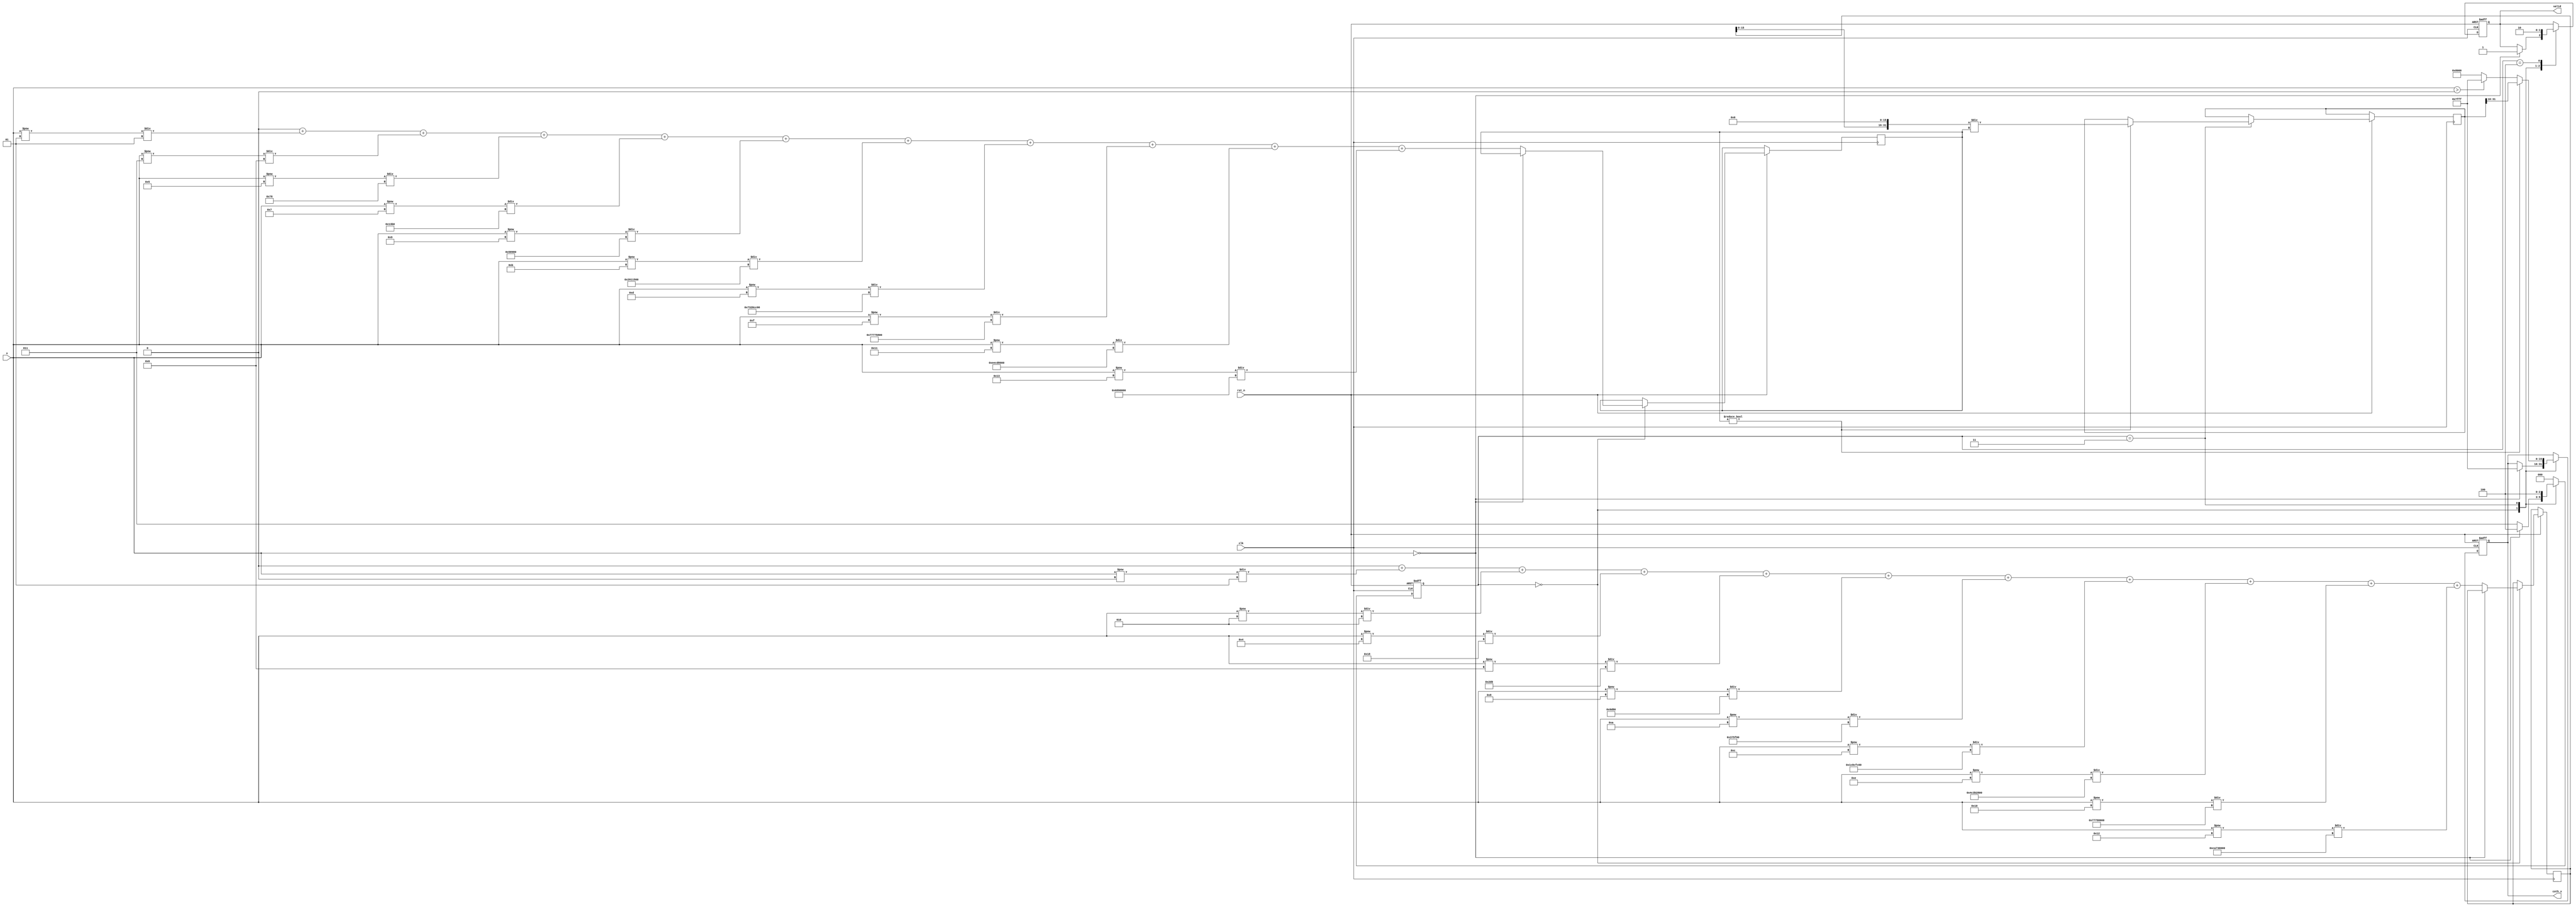
module hyperbolic_cotangent (
    input wire clk,
    input wire rst_n,
    input wire signed [15:0] x, // 16-bit fixed-point input
    output reg signed [15:0] coth_x, // 16-bit fixed-point output
    output reg valid // Signal to indicate output is valid
);

    localparam MAX_VALUE = 16'h7FFF; // Maximum value for overflow handling
    localparam MIN_VALUE = 16'h8000; // Minimum value for underflow handling

    // Internal signals
    reg signed [31:0] cosh_x; // 32-bit to handle large values
    reg signed [31:0] sinh_x; // 32-bit to handle large values
    reg signed [31:0] temp_coth; // Temporary variable for coth calculation
    reg [2:0] state; // State machine for processing
    reg [3:0] i; // Counter for Taylor series calculation

    // State definitions
    localparam IDLE = 3'b000;
    localparam CALC_COSH = 3'b001;
    localparam CALC_SINH = 3'b010;
    localparam CALC_COTH = 3'b011;
    localparam OUTPUT = 3'b100;

    // Taylor series calculations
    function automatic signed [31:0] cosh(input signed [15:0] x);
        integer j;
        begin
            cosh = 0;
            for (j = 0; j < 10; j = j + 1) begin // 10 terms for approximation
                cosh = cosh + (x ** (2 * j)) / (factorial(2 * j));
            end
        end
    endfunction

    function automatic signed [31:0] sinh(input signed [15:0] x);
        integer j;
        begin
            sinh = 0;
            for (j = 0; j < 10; j = j + 1) begin // 10 terms for approximation
                sinh = sinh + (x ** (2 * j + 1)) / (factorial(2 * j + 1));
            end
        end
    endfunction

    function automatic integer factorial(input integer n);
        integer result;
        integer k;
        begin
            result = 1;
            for (k = 1; k <= n; k = k + 1) begin
                result = result * k;
            end
            factorial = result;
        end
    endfunction

    // State machine for computing coth
    always @(posedge clk or negedge rst_n) begin
        if (!rst_n) begin
            state <= IDLE;
            coth_x <= 0;
            valid <= 0;
        end else begin
            case (state)
                IDLE: begin
                    if (x == 0) begin
                        coth_x <= MAX_VALUE; // Handle case x = 0
                        valid <= 1;
                        state <= OUTPUT;
                    end else begin
                        cosh_x <= cosh(x);
                        sinh_x <= sinh(x);
                        state <= CALC_COTH;
                    end
                end

                CALC_COTH: begin
                    if (sinh_x != 0) begin
                        temp_coth <= (cosh_x << 16) / sinh_x; // Fixed-point division
                        coth_x <= temp_coth[31:16]; // Take upper 16 bits for output
                    end else begin
                        coth_x <= (x > 0) ? MAX_VALUE : MIN_VALUE; // Handle overflow
                    end
                    valid <= 1;
                    state <= OUTPUT;
                end

                OUTPUT: begin
                    valid <= 0; // Clear valid signal after output is taken
                    state <= IDLE; // Return to idle state
                end

                default: state <= IDLE; // Default case for safety
            endcase
        end
    end
endmodule